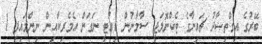
ބޭރުގެ އިގްތިޞާދު ޗައިނާގެ ޓެކްނޮލަޖީ ސާމާނުން ޑިއުޓީ ނަގަން އެމެރިކާއިން ނިންމައިފި 1